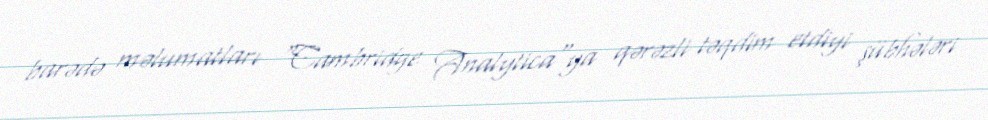
barədə məlumatları "Cambridge Analytica"ya qərəzli təqdim etdiyi şübhələri